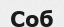
Соб